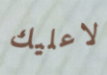
لاعليك